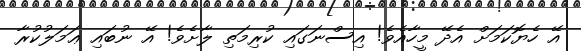
އޭ ހެޔޮކަމަށް އެދޭ މީހާއެވެ! އިސްނަގައި ކުރިމަތި ލާށެވެ! އޭ ނުބައި ޢަމަލުކުރާ